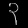
Digit: ၃